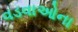
વડવાઓના